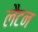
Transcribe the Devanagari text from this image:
लैटन